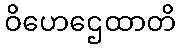
ဝိဟေဌေထာတိ